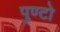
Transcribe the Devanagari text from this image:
पुण्टो